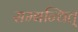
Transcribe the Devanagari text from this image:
सम्बन्धित्